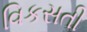
વિકસતી